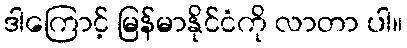
ဒါကြောင့် မြန်မာနိုင်ငံကို လာတာ ပါ။